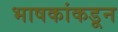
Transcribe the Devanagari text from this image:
भाषकांकडून